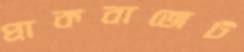
প্রাকবাজেট